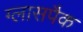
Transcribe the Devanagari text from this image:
ग्लासपैक